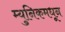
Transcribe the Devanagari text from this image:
म्युनिकमधून